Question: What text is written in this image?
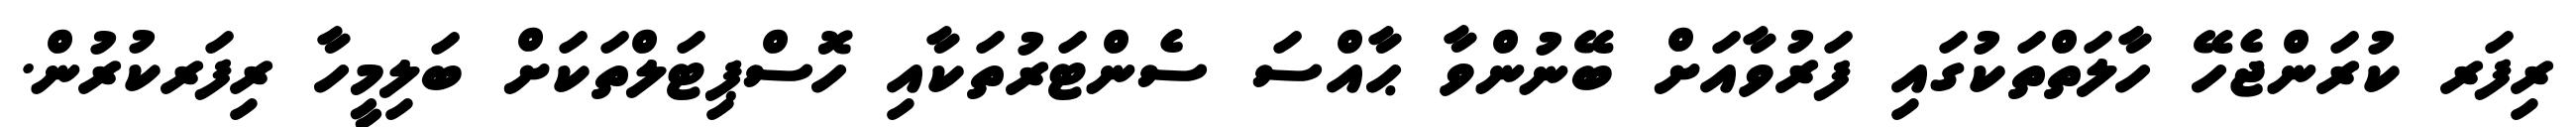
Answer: ރިފަރ ކުރަންޖެހޭ ހާލަތްތަކުގައި ފަރުވާއަށް ބޭނުންވާ ޙާއްސަ ސެންޓަރުތަކާއި ހޮސްޕިޓަލްތަކަށް ބަލިމީހާ ރިފަރކުރުން.